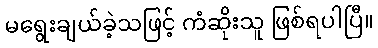
မရွေးချယ်ခဲ့သဖြင့် ကံဆိုးသူ ဖြစ်ရပါပြီ။